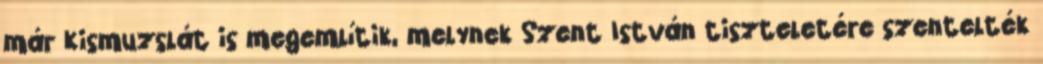
már Kismuzslát is megemlítik, melynek Szent István tiszteletére szentelték